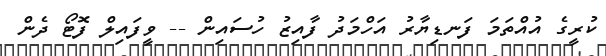
ކުރީގެ އުއްތަމަ ފަނޑިޔާރު އަހްމަދު ފާއިޒު ހުސައިން -- ވީފައިލް ފޮޓޯ ދެން